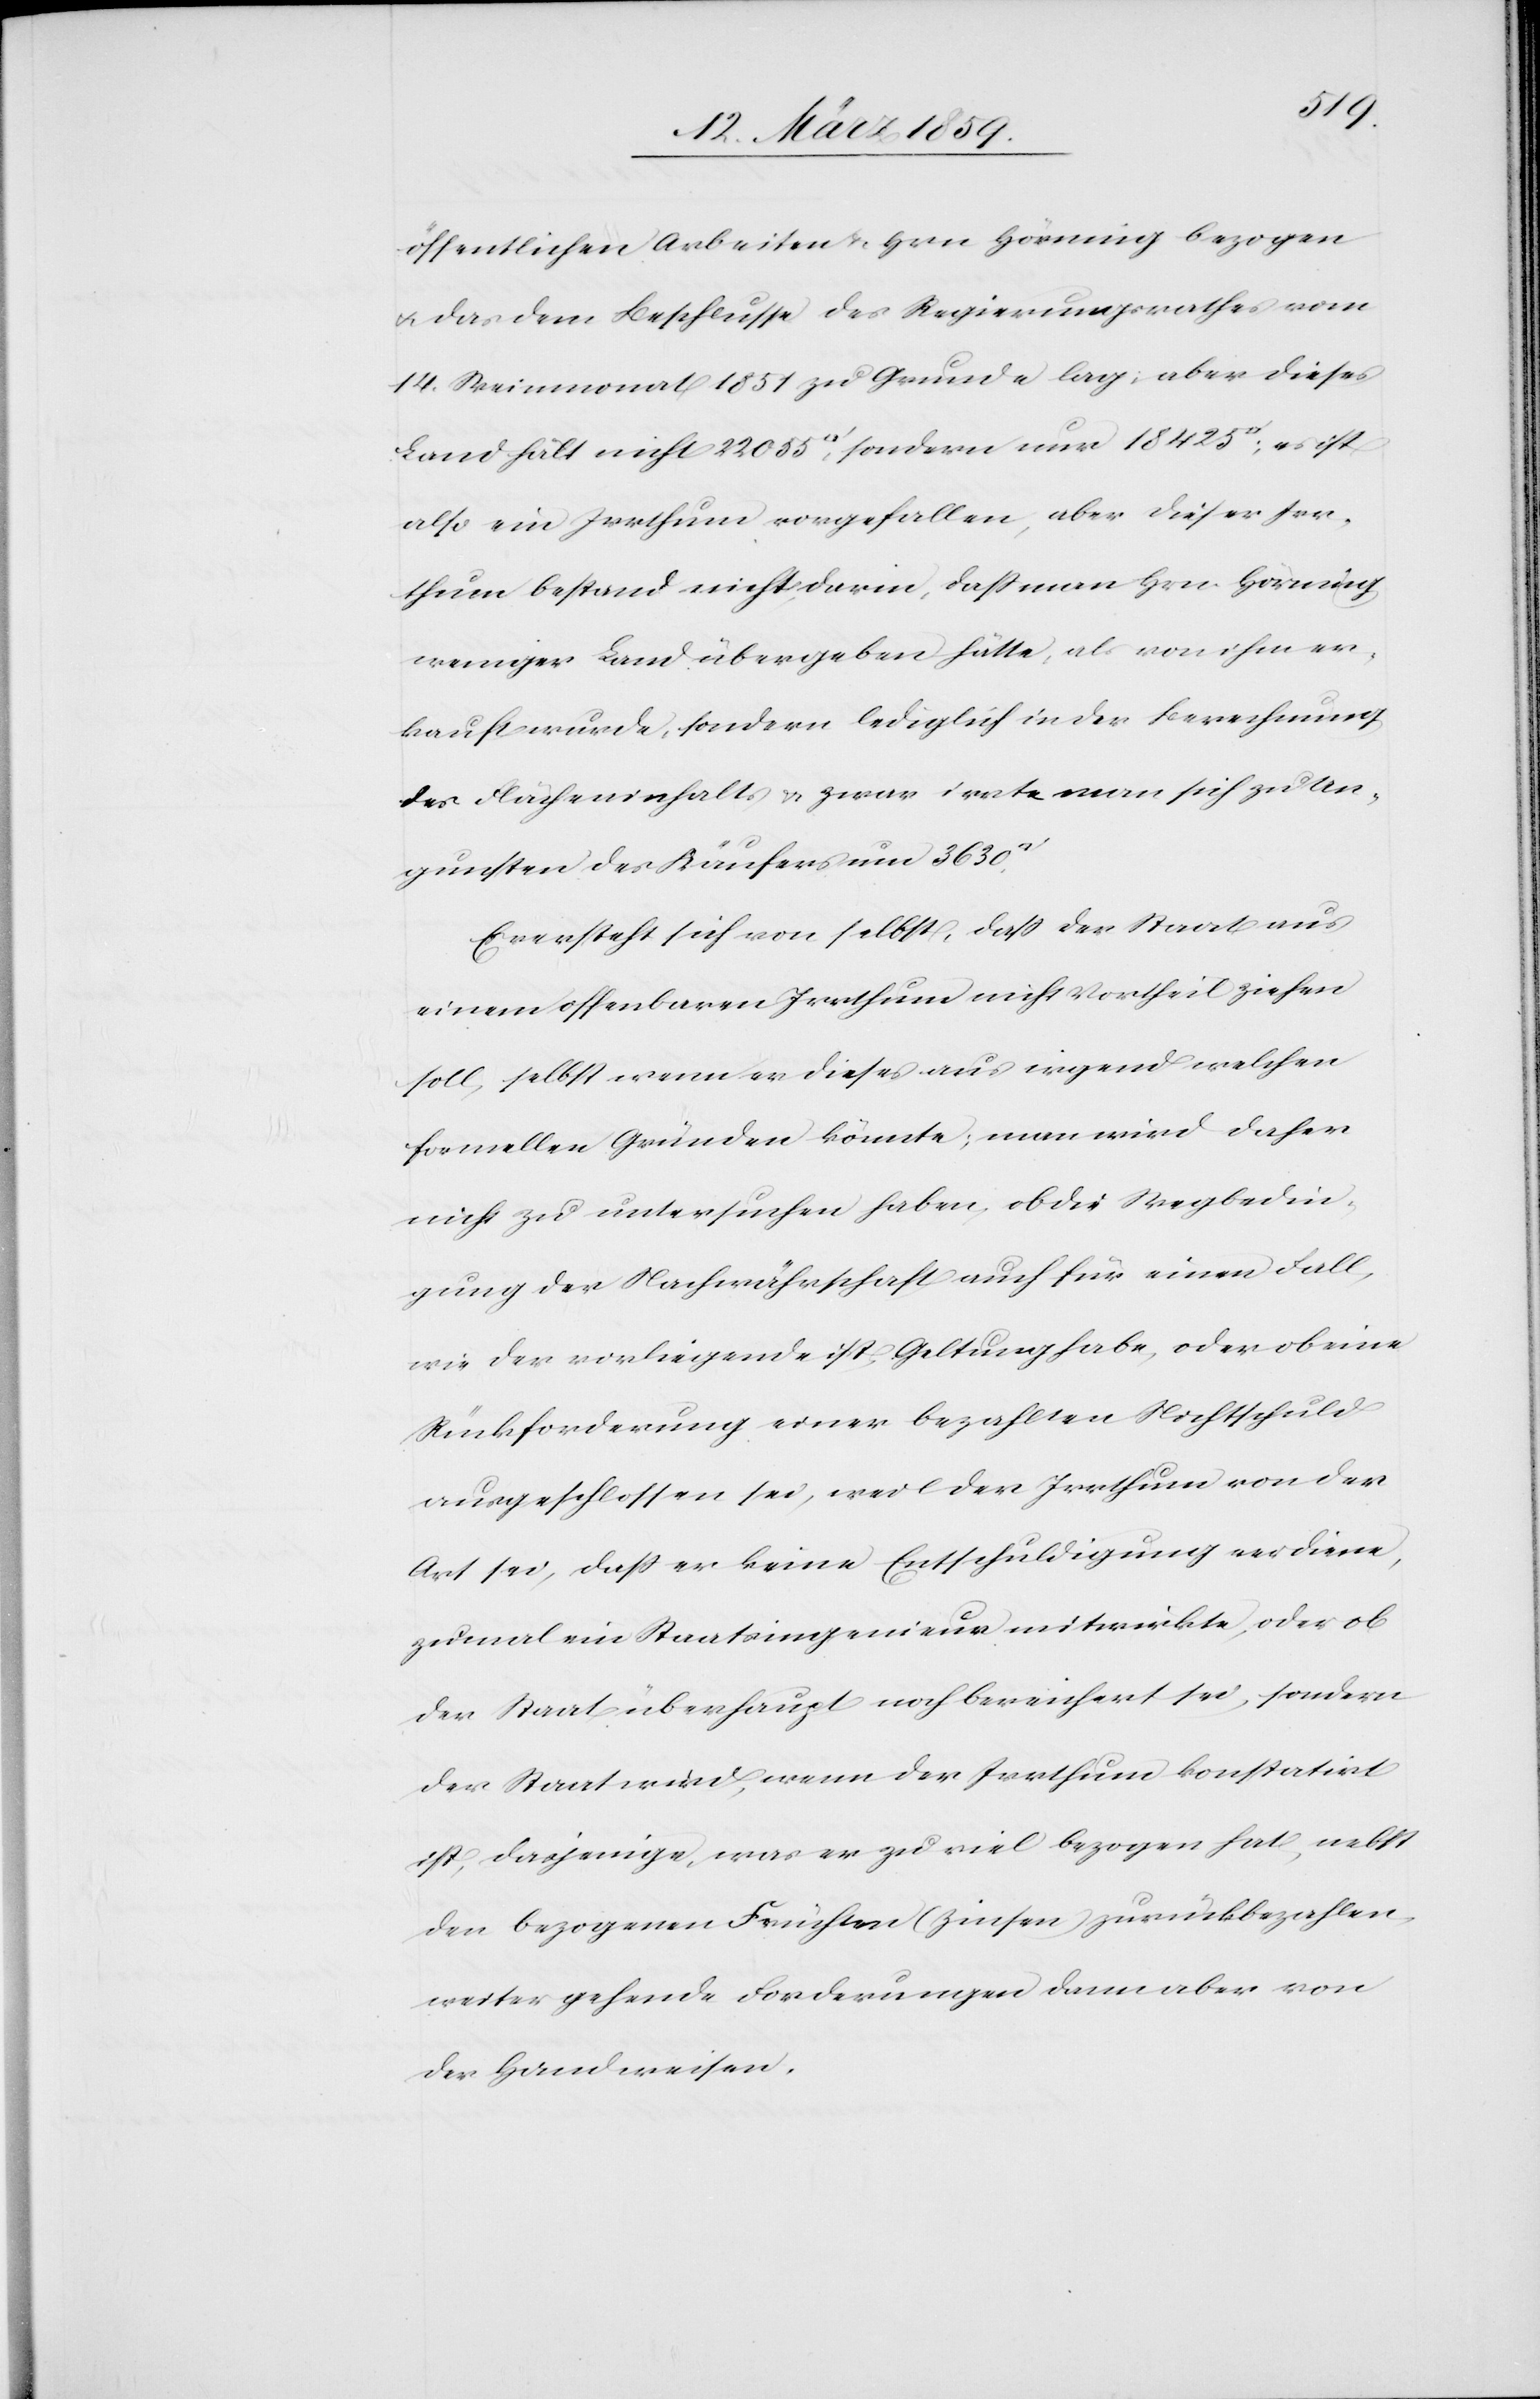
öffentlichen Arbeiten & Hrn Hörning bezogen
u. das dem Beschlusse des Regierungsrathes vom
14. Weinmonat 1851 zu Grunde lag; aber dieses
Land hält nicht 22 055 Quadratfuß, sondern nur 18 425
also ein Irrthum vorgefallen, aber dieser Irr¬
thum bestand nicht darin, daß man Hrn. Hörning
weniger Land übergeben hätte, als von ihm er¬
kauft wurde, sondern lediglich in der Berechnung
des Flächeninhalts & zwar irrte man sich zu Un¬
gunsten des Käufers um 3630
Es versteht sich von selbst, daß der Staat aus
einem offenbaren Irrthum nicht Vortheil ziehen
soll, selbst wenn er dieses aus irgend welchen
formellen Gründen könnte; man wird daher
nicht zu untersuchen haben, ob die Wegbedin¬
gung der Nachwährschaft auch für einen Fall,
wie der vorliegende ist, Geltung habe, oder ob eine
Rückforderung einer bezahlten Nichtschuld
ausgeschlossen sei, weil der Irrthum von der
Art sei, daß er keine Entschuldigung verdiene,
zumal ein Staatsingenieur mitwirkte, oder ob
der Staat überhaupt noch bereichert sei, sondern
der Staat wird, wenn der Irrthum konstatirt
ist, dasjenige, was er zu viel bezogen hat, nebst
den bezogenen Früchten (Zinsen) zurückbezahlen,
weiter gehende Forderungen dann aber von
der Hand weisen.